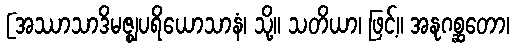
[အဿာသာဒိမဇ္ဈပရိယောသာနံ၊ သို့။ သတိယာ၊ ဖြင့်။ အနုဂစ္ဆတော၊